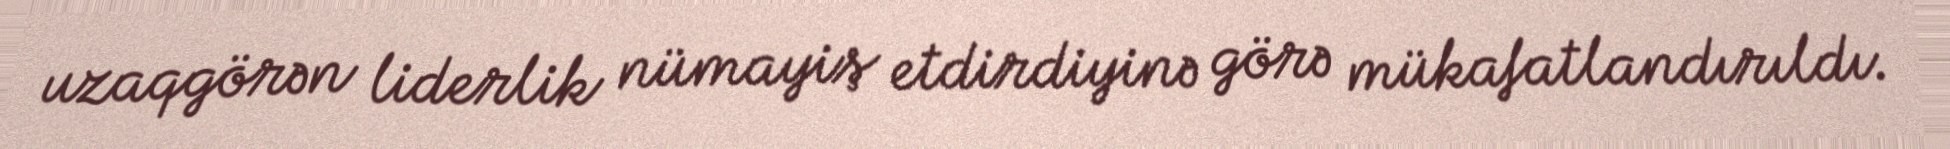
uzaqgörən liderlik nümayiş etdirdiyinə görə mükafatlandırıldı.